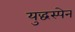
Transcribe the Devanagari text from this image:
युद्धस्पेन